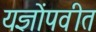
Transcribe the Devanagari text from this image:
यज्ञोंपवीत